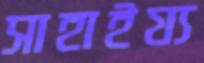
সাহাইয্য